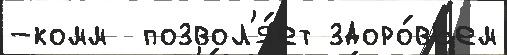
-комм  позвол'я́ет здоро́вьем